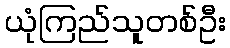
ယုံကြည်သူတစ်ဦး